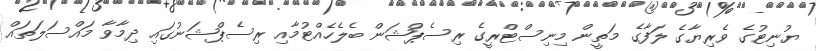
ޔުނިޓުގެ ވެރިޔާގެ ލަފާގެ މަތީން މިނިސްޓްރީގެ ރިސެޕްޝަން ބެލެހެއްޓުމާއި ރިސެޕްޝަނުގައި ދިމާވާ މައްސަލަތައް